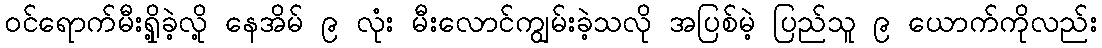
ဝင်ရောက်မီးရှို့ခဲ့လို့ နေအိမ် ၉ လုံး မီးလောင်ကျွမ်းခဲ့သလို အပြစ်မဲ့ ပြည်သူ ၉ ယောက်ကိုလည်း